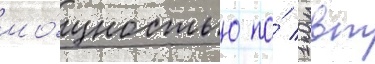
мо́щностью по́ 1 квт